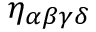
\eta _ { \alpha \beta \gamma \delta }